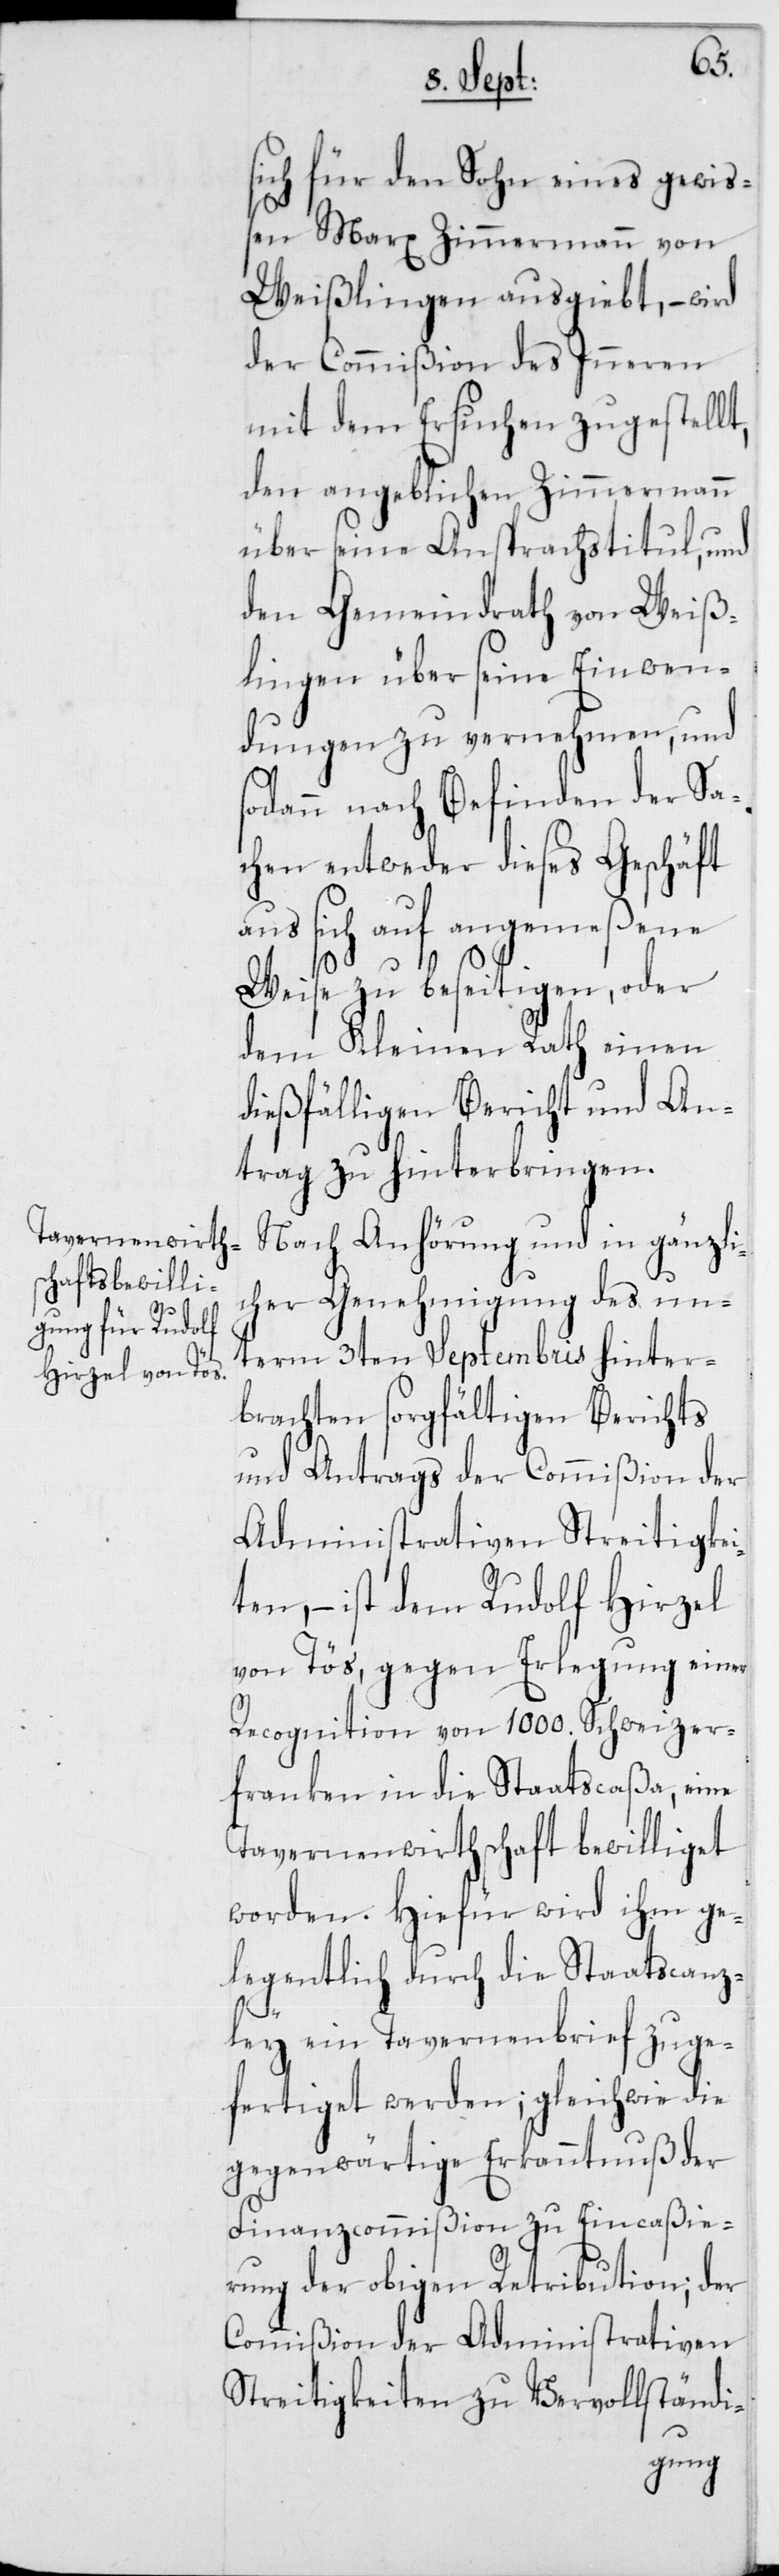
sich für den Sohn eines gewiß¬
en Marx Zimmermann von
Weißlingen ausgiebt, – wird
der Commißion des Inneren
mit dem Ersuchen zugestellt,
den angeblichen Zimmermann
über seine Ansprachstitul, und
den Gemeindrath von Weiß¬
lingen über seine Einwen¬
dungen zu vernehmen, und
sodann nach Befinden der Sa¬
chen entweder dieses Geschäft
us sich auf angemeßene
Weise zu beseitigen, oder
dem Kleinen Rath einen
dießfälligen Bericht und An¬
trag zu hinterbringen.
Nach Anhörung und in gänzli¬
cher Genehmigung des un¬
term 3ten Septembris hinter¬
brachten sorgfältigen Berichts
und Antrags der Commißion der
Administrativen Streitigkei¬
ten, – ist dem Rudolf Hirzel
von Tös, gegen Erlegung einer
Recognition von 1000. Schweizer¬
franken in die Staatscaßa, ei¬
Tavernenwirthschaft bewilliget
worden. Hiefür wird ihm ge¬
legentlich durch die Staatscanz¬
ley ein Tavernenbrief zuge¬
fertiget werden; gleichwie die
gegenwärtige Erkanntnuß der
Finanzcommißion zu Eincaßie¬
rung der obigen Retribution; der
Commißion der Administrativen
Streitigkeiten zu Vervollständi-
ne